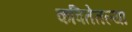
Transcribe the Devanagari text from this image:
कवितेतल्या